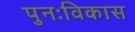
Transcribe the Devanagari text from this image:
पुनःविकास